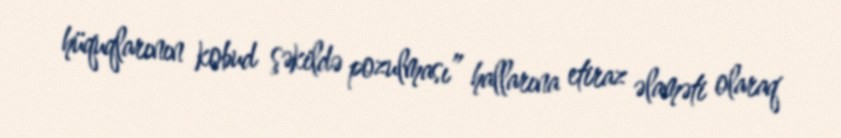
hüquqlarının kobud şəkildə pozulması” hallarına etiraz əlaməti olaraq